Leaving Certificate Examination (including Day School Certificate (Higher) General paper), 1937
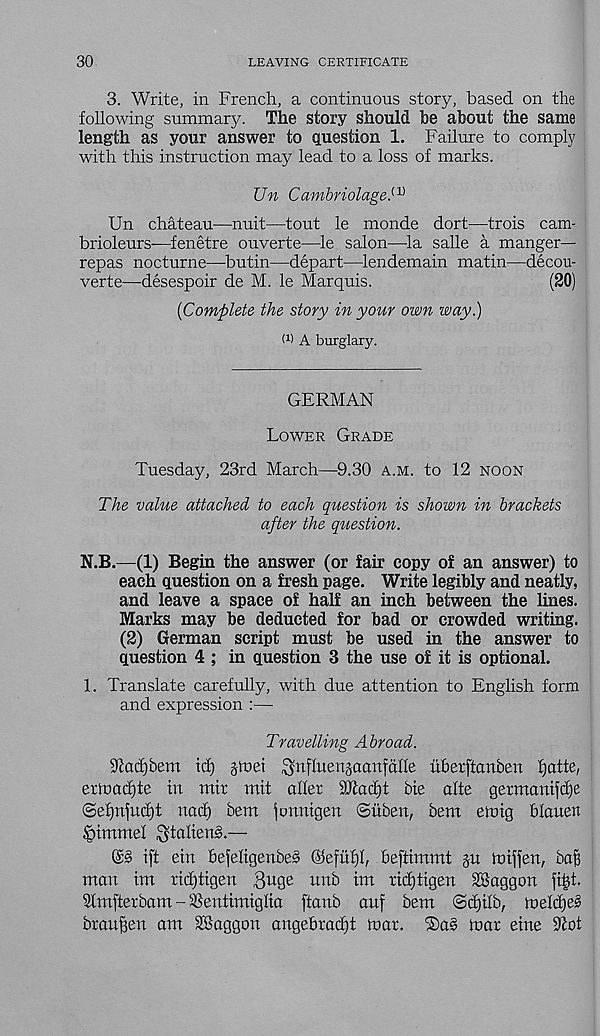
30
LEAVING CERTIFICATE
3. Write, in French, a continuous story, based on the
following summary. The story should be about the same
length as your answer to question 1. Failure to comply
with this instruction may lead to a loss of marks.
Un Cambriolage. a)
Un chateau—nuit—tout le monde dort—trois cam-
brioleurs-—fenetre ouverte—le salon—la salle a manger—
repas nocturne—butin—depart—lendemain matin—decou-
verte—desespoir de M. le Marquis.
(20)
[Complete the story in your own way.)
0-) A burglary.
GERMAN
Lower Grade
Tuesday, 23rd March—9.30 a.m. to 12 noon
The value attached to each question is shown in brackets
after the question.
N.B.—(1) Begin the answer (or fair copy of an answer) to
each question on a fresh page. Write legibly and neatly,
and leave a space of half an inch between the lines.
Marks may be deducted for bad or crowded writing.
(2) German script must be used in the answer to
question 4 ; in question 3 the use of it is optional.
1. Translate carefully, with due attention to English form
and expression :—
Travelling Abroad.
9carf)bem id) jmei ^nffuengaanfdlie uberftanben fjatte,
erluadjte in mit mit aller Sftacfjt bie alte germanifdje
©ef)njud)t nad) bem jumttgen ©itben, bem emig blouett
§immel gtalienS.—
ift ein befeligenbeS
beftimmt
tniffen, baB
man im ridjtigen 8uge un 5 tm ridjtigen SBaggon fi^t.
Stmfterbam - SSentimiglia ftanb attf bem @d)tlb, meldje^
braufjen am SKoggon angebradjt mar.
mar eine 9tof